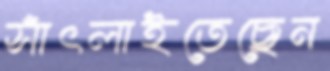
সাঁৎলাইতেছেন